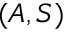
( A , S )